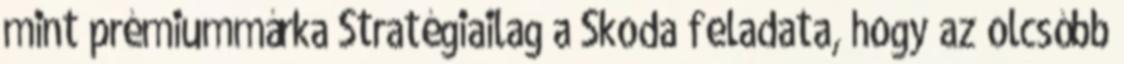
mint prémiummárka Stratégiailag a Skoda feladata, hogy az olcsóbb